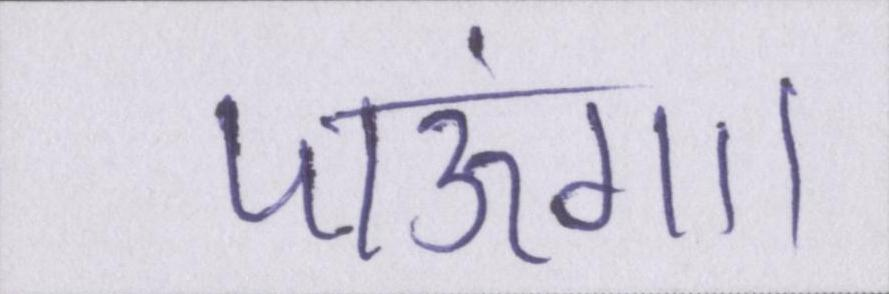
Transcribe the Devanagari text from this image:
पाऊंगा।